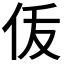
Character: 𬽴